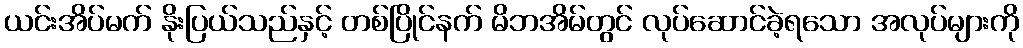
ယင်းအိပ်မက် နိုးပြယ်သည်နှင့် တစ်ပြိုင်နက် မိဘအိမ်တွင် လုပ်ဆောင်ခဲ့ရသော အလုပ်များကို